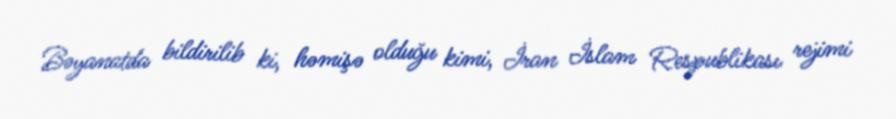
Bəyanatda bildirilib ki, həmişə olduğu kimi, İran İslam Respublikası rejimi